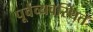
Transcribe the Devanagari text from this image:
पूर्वव्यवस्थित